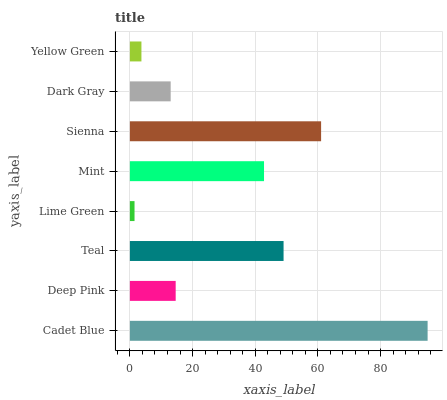
| yaxis_label | bars |
 | --- | --- |
 | Cadet Blue | 95 |
 | Deep Pink | 14.6 |
 | Teal | 49 |
 | Lime Green | 1.48 |
 | Mint | 42.8 |
 | Sienna | 61 |
 | Dark Gray | 13 |
 | Yellow Green | 3.68 |